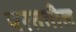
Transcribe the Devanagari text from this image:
परततील